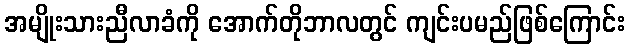
အမျိုးသားညီလာခံကို အောက်တိုဘာလတွင် ကျင်းပမည်ဖြစ်ကြောင်း